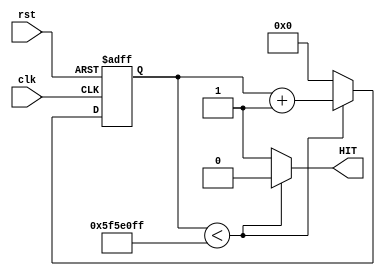
`timescale 1ns / 1ps
//////////////////////////////////////////////////////////////////////////////////
// Company: Gruppo 1
// 
// Design Name: 
// Module Name: CLOCK_COUNTER
// Project Name: Thermostat Control System
// Target Devices: Basys 3
// Tool Versions: 
// Description: 
// 
// Dependencies: 
// 
// Revision:
// Revision 0.01 - File Created
// Additional Comments:
// 
//////////////////////////////////////////////////////////////////////////////////


module CLOCK_COUNTER #(parameter QTY=1, TU=100000000)( 
    //TU=Time_unit, unit di tempo, di default sta al secondo per la freq della Basys
    //QTY=Quantity, numero di (unit di tempo) da contare
    input wire clk, rst,
    output reg HIT
    );
    reg[$clog2((TU*QTY)-1):0] cnt, cnt_nxt; 
    
    always@(posedge clk, posedge rst)
    if(rst==1'b1) cnt <= {$clog2((TU*QTY)-1){1'b0}};
    else cnt <= cnt_nxt;
    
    always@(cnt) begin
        if(cnt < (TU*QTY)-1) begin
            cnt_nxt = cnt+1'b1;
            HIT = 1'b0;
        end else begin
            cnt_nxt = {$clog2((TU*QTY)-1){1'b0}};
            HIT = 1'b1;
        end
    end
endmodule